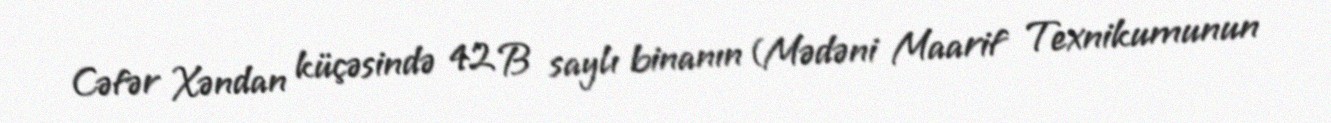
Cəfər Xəndan küçəsində 42 B saylı binanın (Mədəni Maarif Texnikumunun